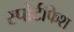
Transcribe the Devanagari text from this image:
स्पोर्टफिश